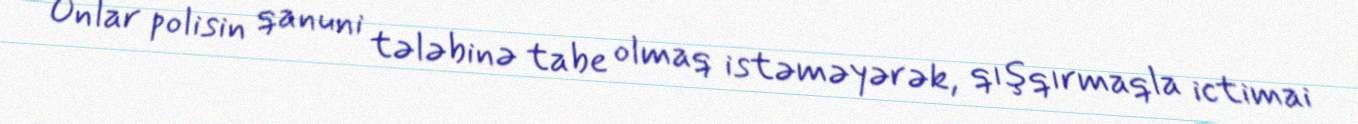
Onlar polisin qanuni tələbinə tabe olmaq istəməyərək, qışqırmaqla ictimai